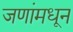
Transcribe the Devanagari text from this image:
जणांमधून